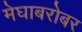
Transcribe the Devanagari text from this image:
मेघाबरोबर